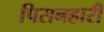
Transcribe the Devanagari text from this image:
पिसनहारी